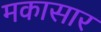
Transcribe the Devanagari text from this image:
मकासार